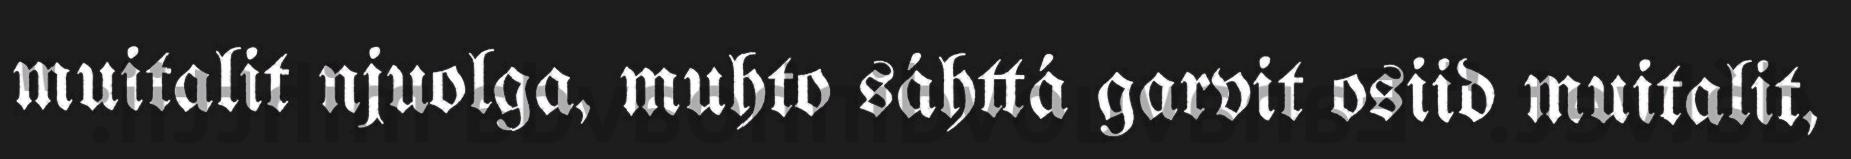
muitalit njuolga, muhto sáhttá garvit osiid muitalit,